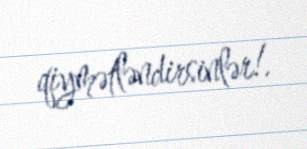
qiymətləndirsinlər!.